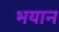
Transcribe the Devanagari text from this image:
भयान